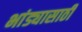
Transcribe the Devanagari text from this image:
भांड्यासाठी